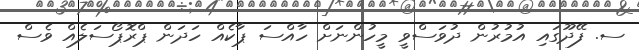
ސ. ފޭދޫގައި އުމުރުން ދުވަސްވީ މީހުންނަށް ހާއްސަ ޕާކެއް ހަދަން ޕްރޮޕޯސަލެއް ވެސް